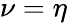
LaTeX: \nu=\eta